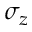
\sigma _ { z }